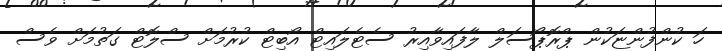
ހަ ކުންފުންޏަކުން ޕްރޮޕޯސަލް ލާފައިވާއިރު ސެޓެލައިޓް އޯބިޓް ކުރުމަށް ސްލޮޓް ގަތުމަށް ވެސް